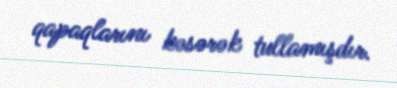
qapaqlarını kəsərək tullamışdır.